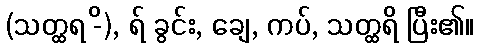
(သတ္ထရ -ိ), ရ် ခွင်း, ချေ, ကပ်, သတ္ထရိ ပြီး၏။